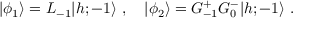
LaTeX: \vert \phi _ { 1 } \rangle = L _ { - 1 } \vert { h ; - 1 } \rangle { } ~ , { } ~ { } ~ { } ~ \vert \phi _ { 2 } \rangle = G _ { - 1 } ^ { + } G _ { 0 } ^ { - } \vert { h ; - 1 } \rangle { } ~ .